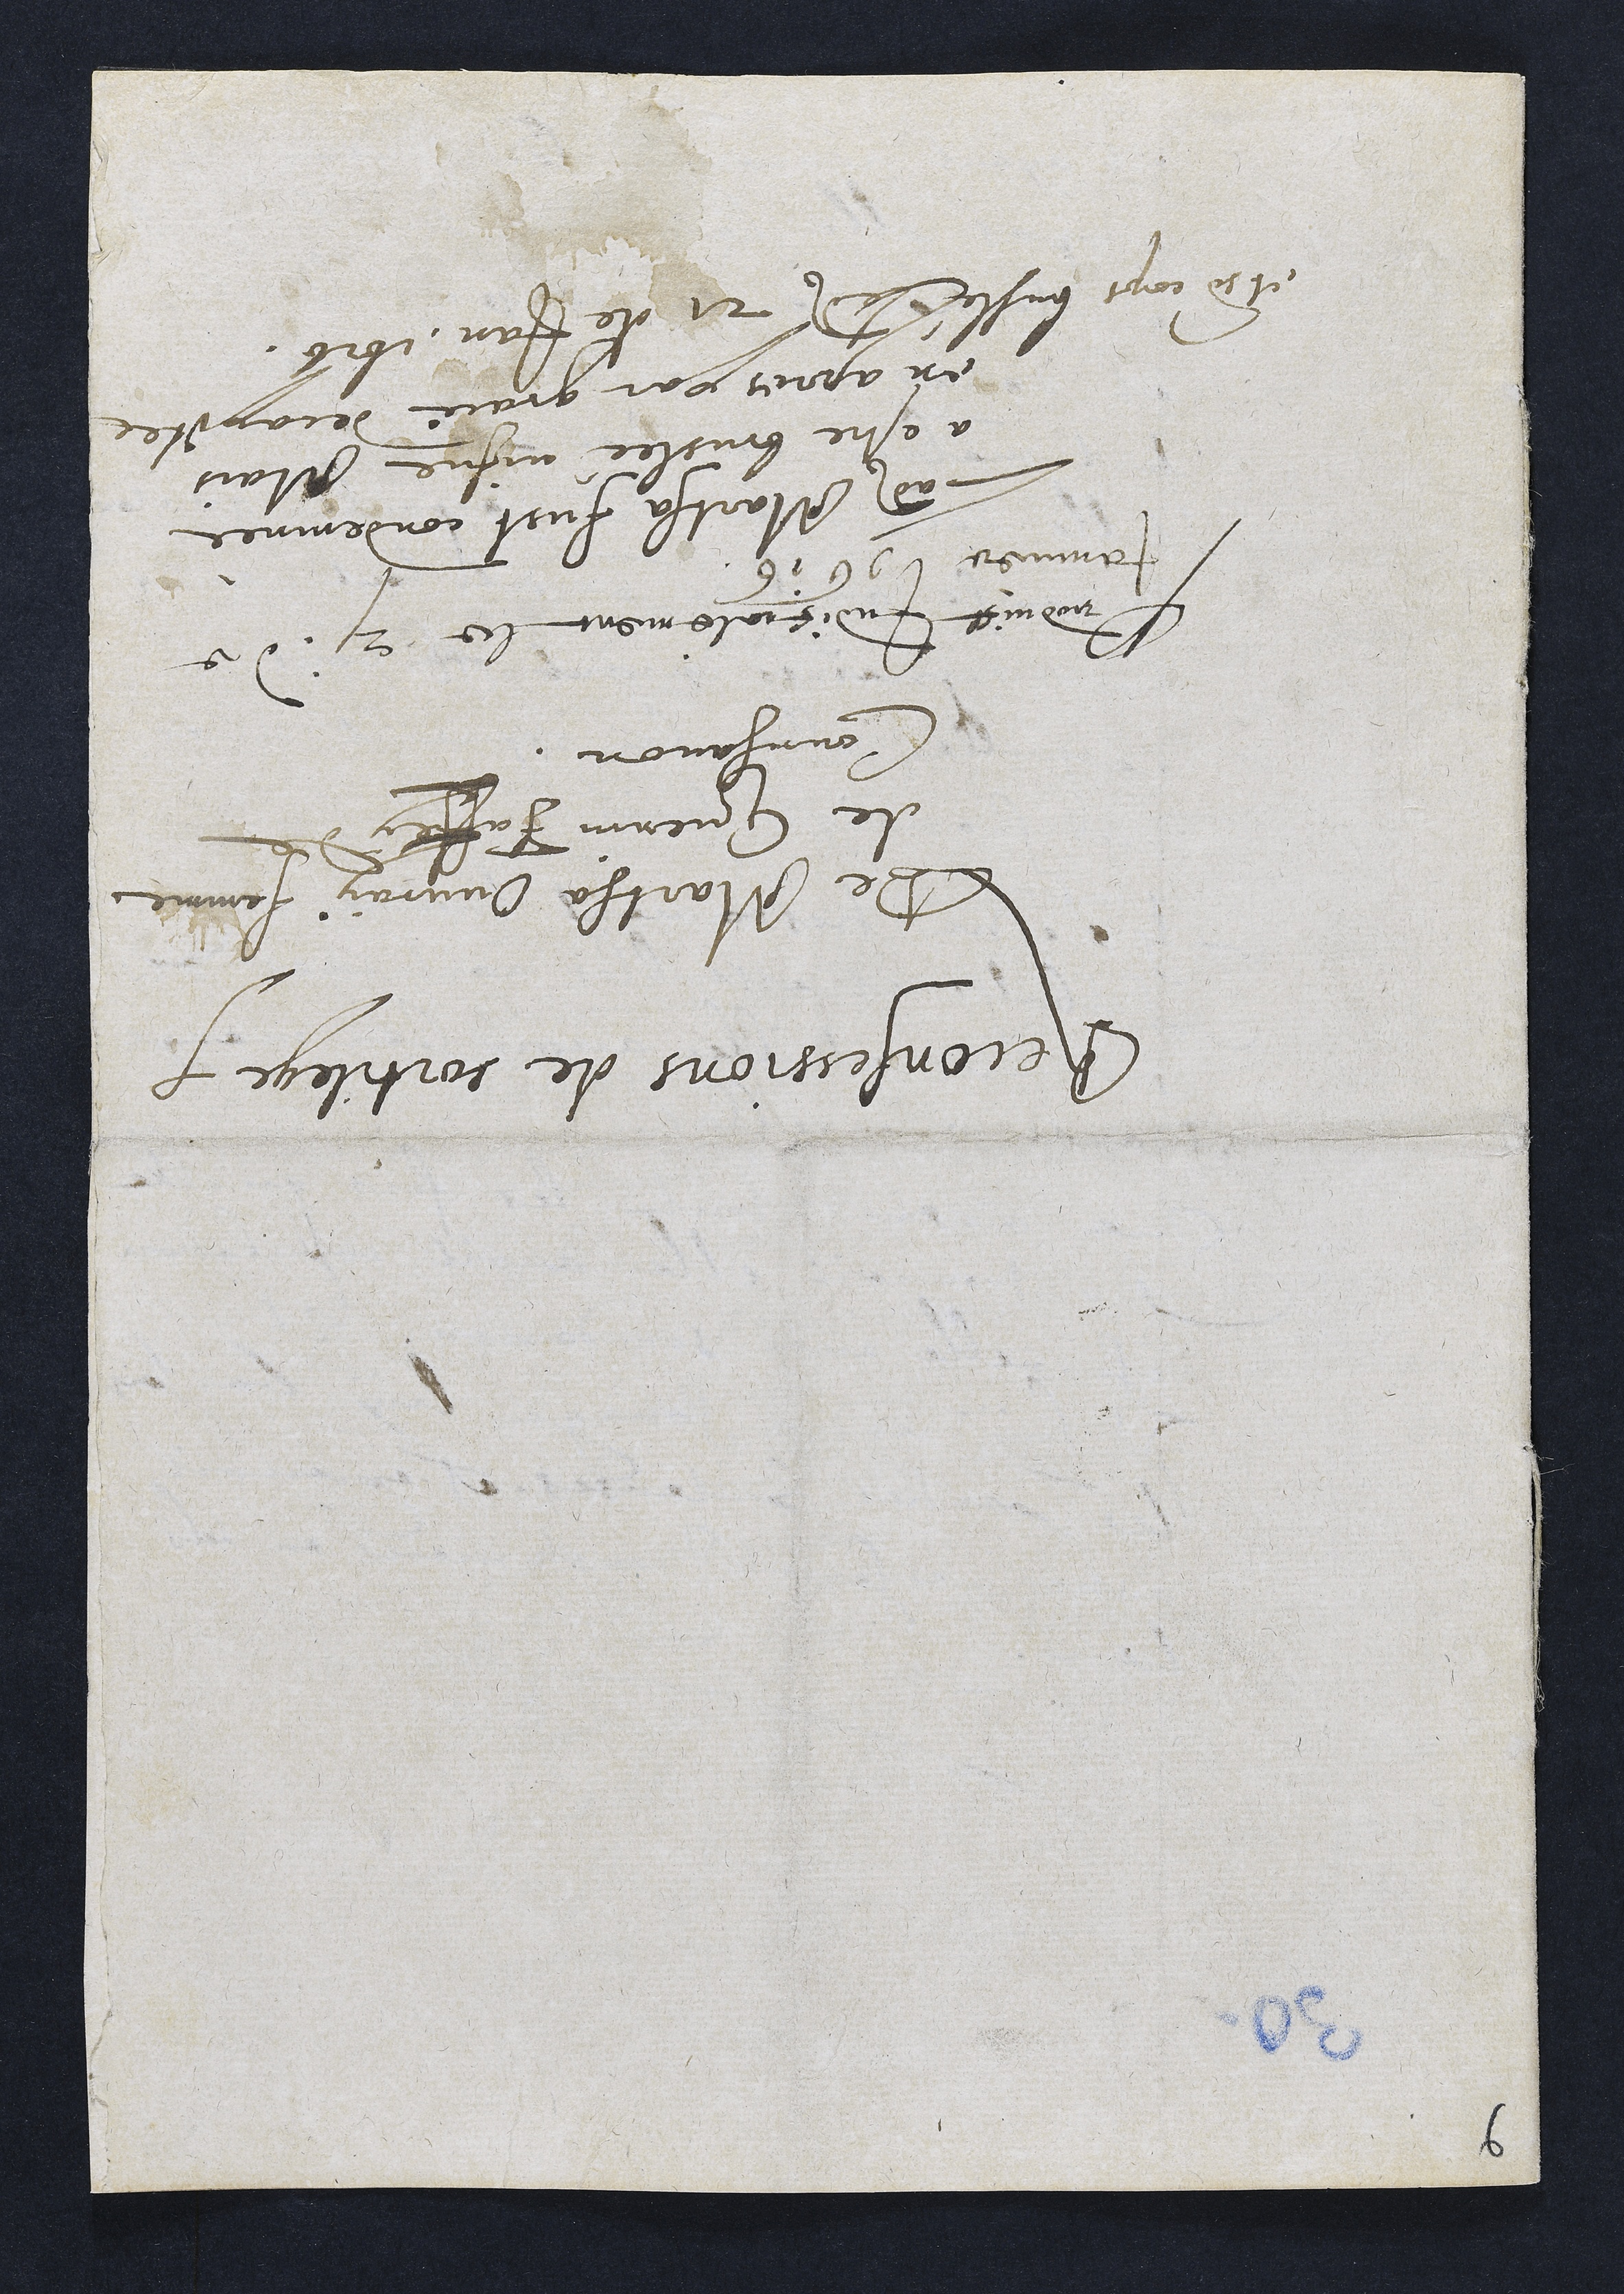
Reconsessions de sortilege.
Be Martha Ouvray femme
de Guenin Jaffey de
Courgavon.
Dinduict judicialement lee 21. de
Jamnee  16 16
Ladite Martha fust condemnee
a ostre bruslée vigne Mais
en apres par grace decayiter
et rdcops buslé ledit 21. Ne Jan. 1616.